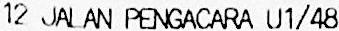
12 JALAN PENGACARA U1/48